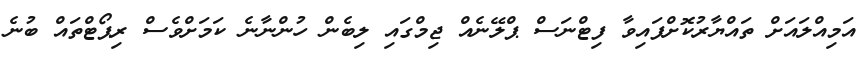
އަމިއްލައަށް ތައްޔާރުކޮށްފައިވާ ފިޓްނަސް ޕްލޭނެއް ޖިމްގައި ލިބެން ހުންނާނެ ކަމަށްވެސް ރިޕޯޓްތައް ބުނެ